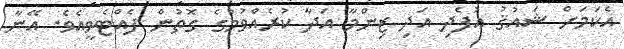
އެކަމަށް ޝައުޤު އުފެދި އަދި ޒިންމާ އަދާ ކުރެއްވުމުގެ ގޮތުން ފެއްޓެވީއެވެ. އޭނާ